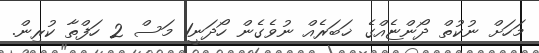
މަހަށް ނުކުތް ދޯންޏެއްގެ ޚަބަރެއް ނުވެގެން ހޯދަނީ1 މަސް 2 ހަފްތާ ކުރިން.